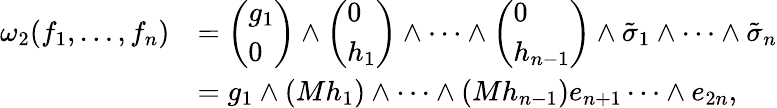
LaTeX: \begin{array}{rl}{\omega_{2}(f_{1},\dots,f_{n})}&{=\left(\begin{array}{l}{g_{1}}\\ {0}\end{array}\right)\wedge\left(\begin{array}{l}{0}\\ {h_{1}}\end{array}\right)\wedge\dots\wedge\left(\begin{array}{l}{0}\\ {h_{n-1}}\end{array}\right)\wedge\tilde{\sigma}_{1}\wedge\dots\wedge\tilde{\sigma}_{n}}\\ &{=g_{1}\wedge(Mh_{1})\wedge\dots\wedge(Mh_{n-1})e_{n+1}\dots\wedge e_{2n},}\end{array}